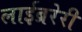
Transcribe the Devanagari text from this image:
लाईब्ररेरी